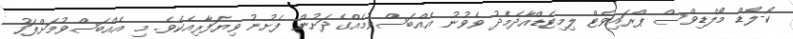
ކޯ-ލޯޑް މޯލްޑިވްސް ޕްރައިވެޓް ލިމިޓެޑްއާދެމެދު ވެވުނު އެއްބަސްވުމެއްގެދަށުން ފެށުނު ވިޔަފާރިއެކެވެ. މި އެއްބަސްވުމަށްފަހު